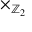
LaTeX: \times _ { \mathbb { Z } _ { 2 } }